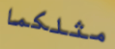
مثلكما